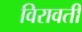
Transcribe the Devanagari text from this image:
विरावती